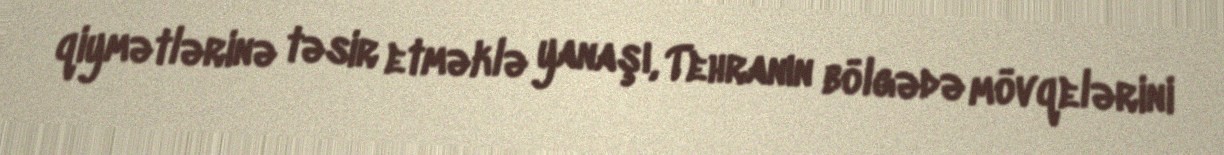
qiymətlərinə təsir etməklə yanaşı, Tehranın bölgədə mövqelərini